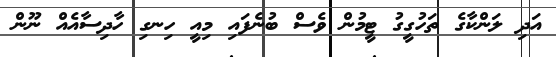
އަދި ލަންކާގެ ތަހުގީގު ޓީމުން ވެސް ބުނެފައި މިއީ ހިނގި ހާދިސާއެއް ނޫން